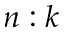
n : k